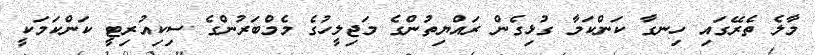
މާލެ ތެރޭގައި ހިނގާ ކަންކަމާ ގުޅިގެން ރައްޔިތުންގެ މަޖިލީހުގެ މެމްބަރުންގެ ސިކިއުރިޓީ ކަންކަމަކީ